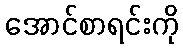
အောင်စာရင်းကို